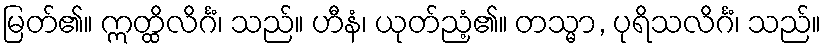
မြတ်၏။ ဣတ္ထိလိင်္ဂံ၊ သည်။ ဟီနံ၊ ယုတ်ညံ့၏။ တသ္မာ, ပုရိသလိင်္ဂံ၊ သည်။